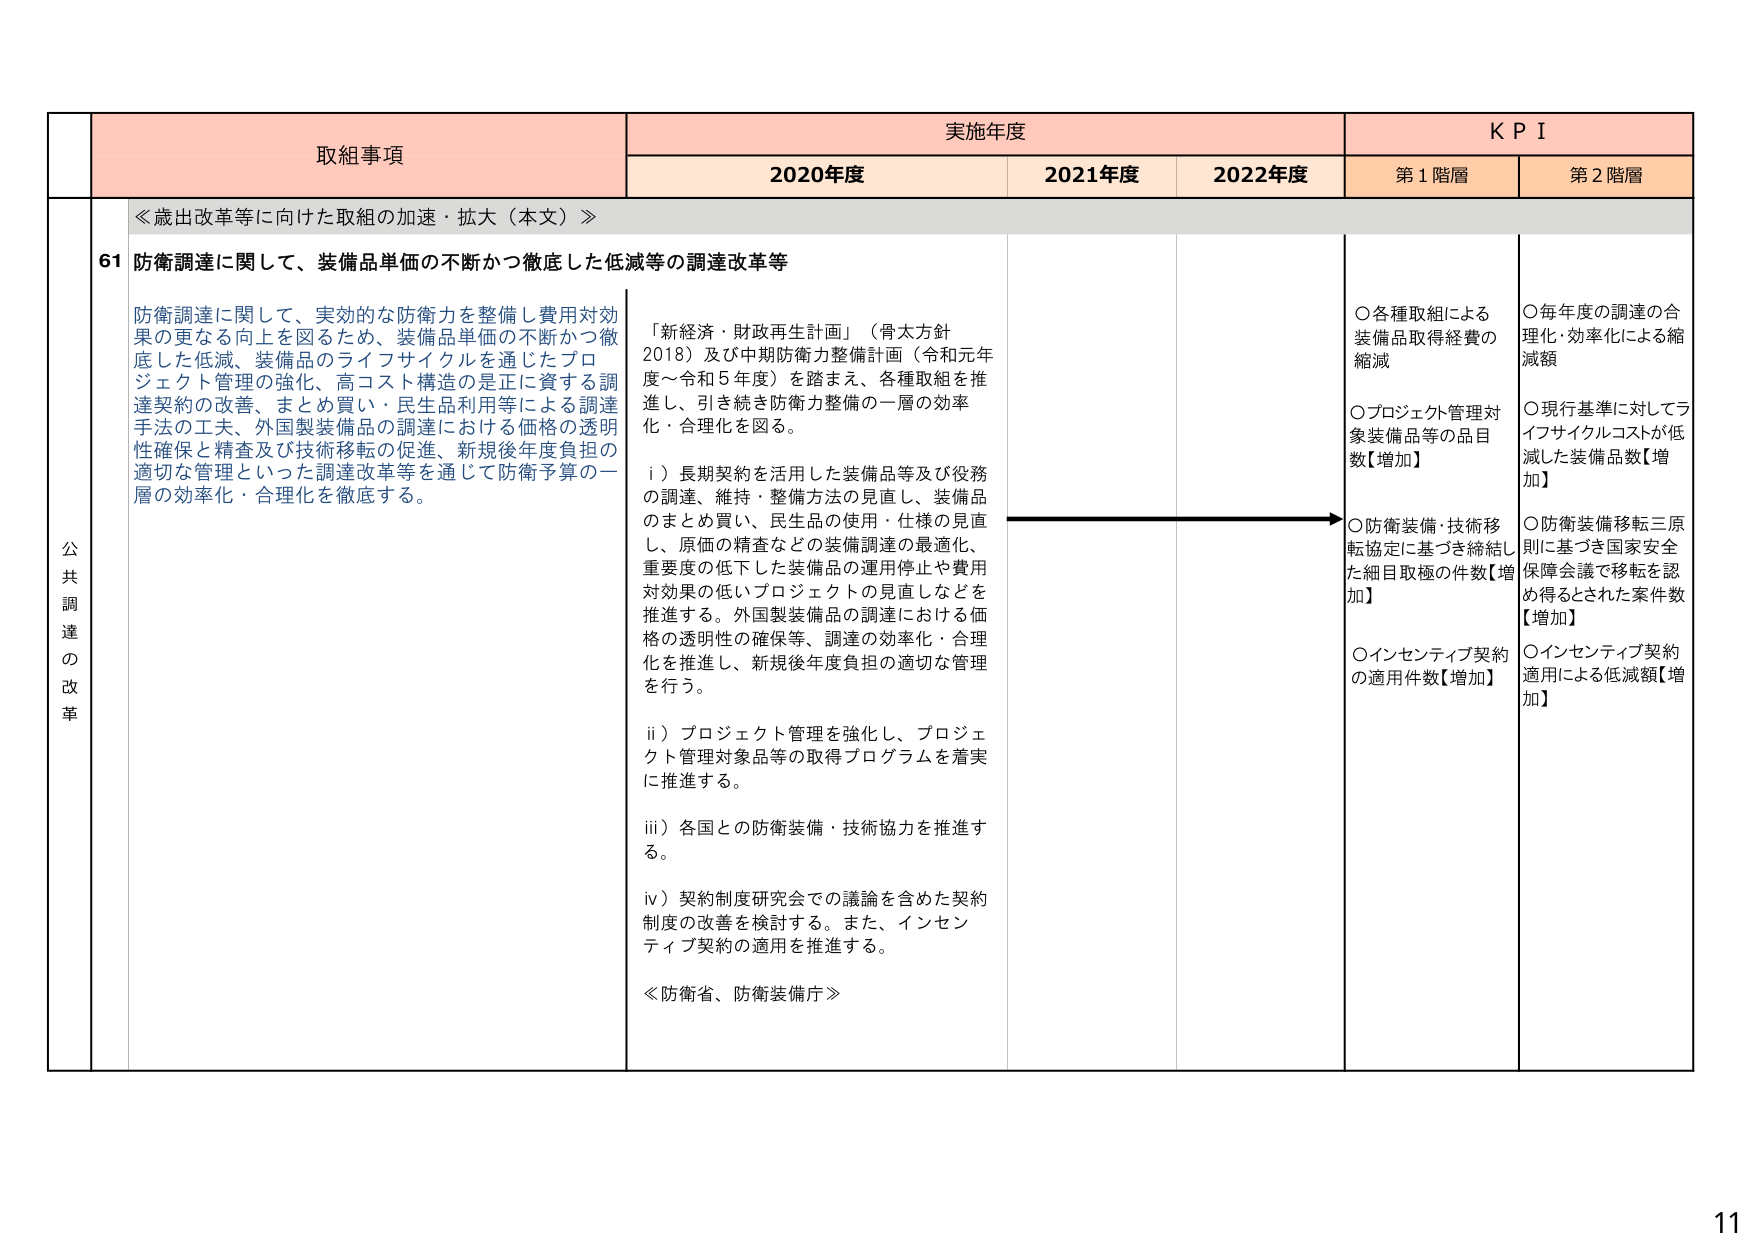
取組事項
実施年度
K P I
2020年度
2021年度
2022年度
第1階層
第2階層

≪歳出改革等に向けた取組の加速・拡大（本文）≫

61 防衛調達に関して、装備品単価の不断かつ徹底した低減等の調達改革等

防衛調達に関して、実効的な防衛力を整備し費用対効果の更なる向上を図るため、装備品単価の不断かつ徹底した低減、装備品のライフサイクルを通じたプロジェクト管理の強化、高コスト構造の是正に資する調達契約の改善、まとめ買い・民生品利用等による調達手法の工夫、外国製装備品の調達における価格の透明性確保と精査及び技術移転の促進、新規後年度負担の適切な管理といった調達改革等を通じて防衛予算の一層の効率化・合理化を徹底する。

「新経済・財政再生計画」（骨太方針2018）及び中期防衛力整備計画（令和元年度～令和5年度）を踏まえ、各種取組を推進し、引き続き防衛力整備の一層の効率化・合理化を図る。

i）長期契約を活用した装備品等及び役務の調達、維持・整備方法の見直し、装備品のまとめ買い、民生品の使用・仕様の見直し、原価の精査などの装備調達の最適化、重要度の低下した装備品の運用停止や費用対効果の低いプロジェクトの見直しなどを推進する。外国製装備品の調達における価格の透明性の確保等、調達の効率化・合理化を推進し、新規後年度負担の適切な管理を行う。

ii）プロジェクト管理を強化し、プロジェクト管理対象品等の取得プログラムを着実に推進する。

iii）各国との防衛装備・技術協力を推進する。

iv）契約制度研究会での議論を含めた契約制度の改善を検討する。また、インセンティブ契約の適用を推進する。

≪防衛省、防衛装備庁≫

○各種取組による装備品取得経費の縮減
○プロジェクト管理対象装備品等の品目数【増加】
○防衛装備・技術移転協定に基づき締結した細目取極の件数【増加】
○インセンティブ契約の適用件数【増加】

○毎年度の調達の合理化・効率化による縮減額
○現行基準に対してライフサイクルコストが低減した装備品数【増加】
○防衛装備移転三原則に基づき国家安全保障会議で移転を認め得るとされた案件数【増加】
○インセンティブ契約適用による低減額【増加】

公共調達の改革

11